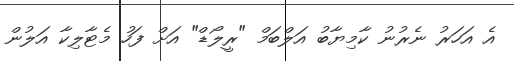
އެ އަހަރު ނެރުނު ކާމިޔާބު އަލްބަމް "ރީލޯޑް" އަށް ފަހު މެޓާލިކާ އަލުން